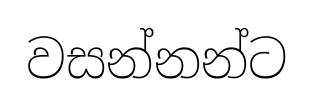
වසන්නන්ට